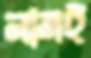
নামই